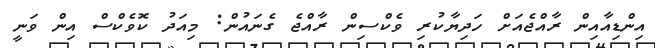
އިންޑިއާއިން ރާއްޖެއަށް ހަދިޔާކުރި ވެކްސިން ރާއްޖެ ގެނައުން: މިއަދު ކޮވެކްސް އިން ވަނީ